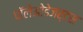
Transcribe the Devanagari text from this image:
पॉलेओडेजर्टस